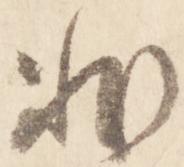
非